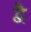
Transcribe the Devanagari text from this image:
द्वेै